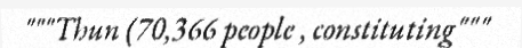
"""Thun (70,366 people , constituting"""